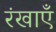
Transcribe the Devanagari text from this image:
रंखाएँ